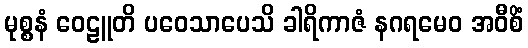
မုစ္စနံ ဝေဠူတိ ပဝေသာပေသိ ခါရိကာဇံ နဂရမေဝ အဝီစိံ